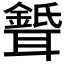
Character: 𦗦